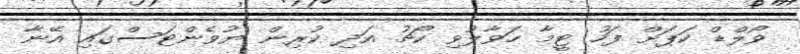
ވޯލްޑް ކަޕަށް ފަހު ޓީމާ ހަވާލުވި ކޯޗު އަދި ކުރިން ޔުވެންޓަސްގައި އޭނާ